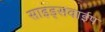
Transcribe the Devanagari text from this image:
साइड्सवाईप